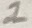
Text: 1